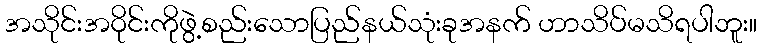
အသိုင်းအဝိုင်းကိုဖွဲ့စည်းသောပြည်နယ်သုံးခုအနက် ဟာသိပ်မသိရပါဘူး။